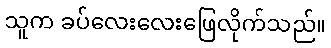
သူက ခပ်လေးလေးဖြေလိုက်သည်။